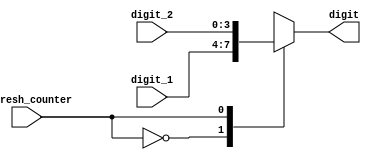
`timescale 1ns / 1ps

module BCD_control(
    input [3:0] digit_1,
    input [3:0] digit_2,
    output reg [3:0] digit,
    input refresh_counter
    );
    
    initial digit = 4'b0000;
    
    always@(refresh_counter)begin
        case (refresh_counter)
            0: digit = digit_1; //cyfra po prawej
            1: digit = digit_2; //cyfra po lewej
        endcase
    end
endmodule